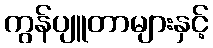
ကွန်ပျူတာများနှင့်